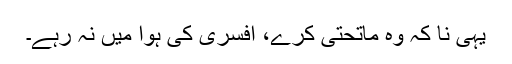
یہی نا کہ وہ ماتحتی کرے، افسری کی ہوا میں نہ رہے۔